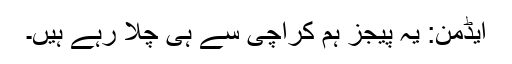
ایڈمن: یہ پیجز ہم کراچی سے ہی چلا رہے ہیں۔